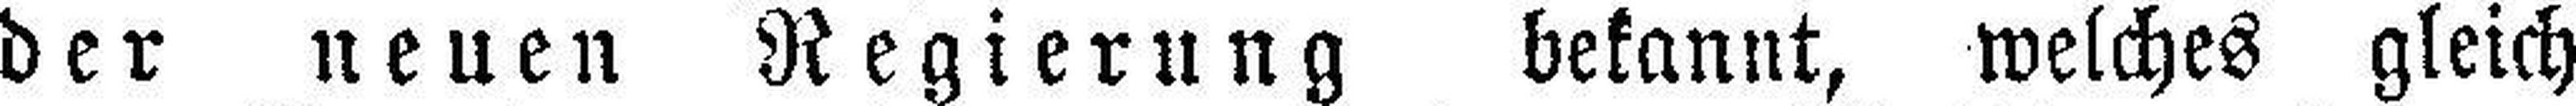
der neuen Regierung bekannt, welches gleich